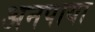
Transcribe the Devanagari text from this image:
अनपाया